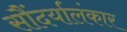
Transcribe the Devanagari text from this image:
सौंदर्यालंकार